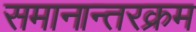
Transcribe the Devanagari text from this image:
समानान्तरक्रम